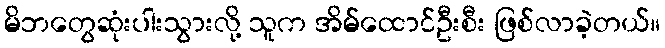
မိဘတွေဆုံးပါးသွားလို့ သူက အိမ်ထောင်ဦးစီး ဖြစ်လာခဲ့တယ်။